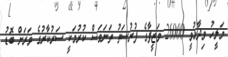
މަލީހު ވިދާޅުވީ 26000 ވަޒީފާގެ ފުރުސަތު ތަނަވަސް ކުރުމަކީ ސަރުކާރުގެ ވަރަށް ބޮޑު